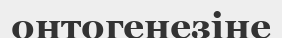
онтогенезіне